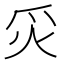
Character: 𬉿